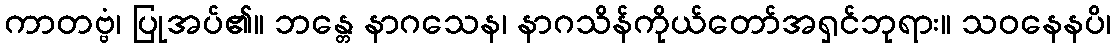
ကာတဗ္ဗံ၊ ပြုအပ်၏။ ဘန္တေ နာဂသေန၊ နာဂသိန်ကိုယ်တော်အရှင်ဘုရား။ သဝနေနပိ၊